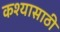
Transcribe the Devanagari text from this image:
कश्यासाठी